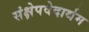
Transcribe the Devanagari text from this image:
संक्षेपवेदार्थम